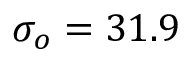
\sigma _ { o } = 3 1 . 9